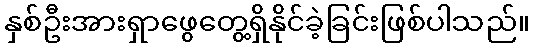
နှစ်ဦးအားရှာဖွေတွေ့ရှိနိုင်ခဲ့ခြင်းဖြစ်ပါသည်။